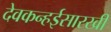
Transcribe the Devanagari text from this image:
देवकन्हईसारखी